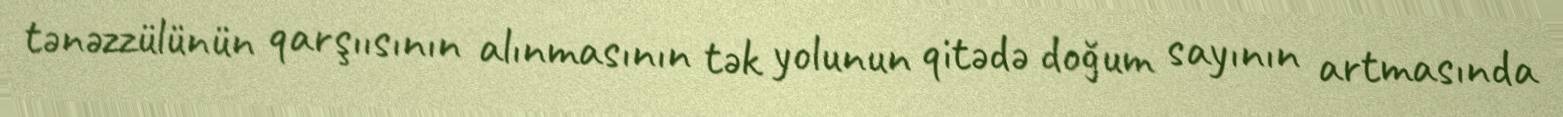
tənəzzülünün qarşıısının alınmasının tək yolunun qitədə doğum sayının artmasında